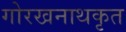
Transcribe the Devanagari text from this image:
गोरखनाथकृत